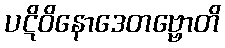
ပဋိဝိနောဒေတဗ္ဗောတိ